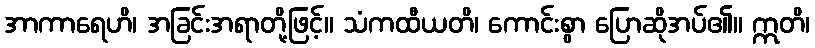
အာကာရေဟိ၊ အခြင်းအရာတို့ဖြင့်။ သံကထီယတိ၊ ကောင်းစွာ ပြောဆိုအပ်၏။ ဣတိ၊